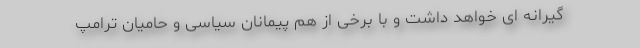
گیرانه ای خواهد داشت و با برخی از هم پیمانان سیاسی و حامیان ترامپ